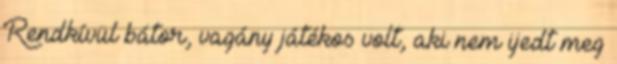
Rendkívül bátor, vagány játékos volt, aki nem ijedt meg